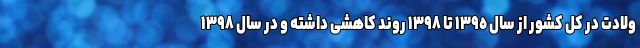
ولادت در کل کشور از سال ١٣٩٥ تا ١٣٩٨ روند کاهشی داشته و در سال ١٣٩٨